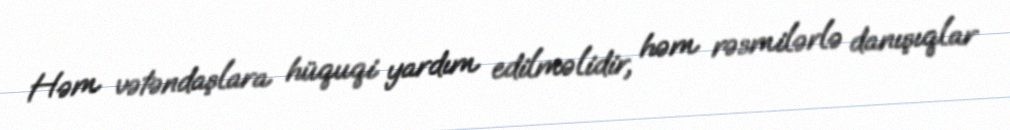
Həm vətəndaşlara hüquqi yardım edilməlidir, həm rəsmilərlə danışıqlar